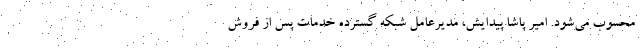
محسوب می‌شود. امیر پاشا پیدایش، مدیرعامل شبکه گسترده خدمات پس از فروش